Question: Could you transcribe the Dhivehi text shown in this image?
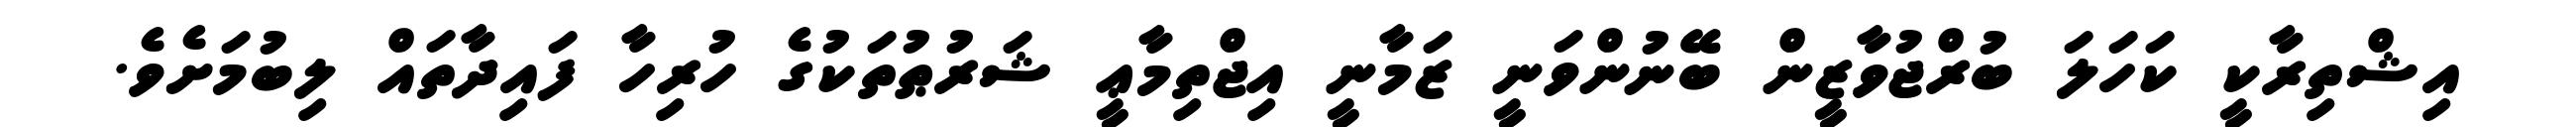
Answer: އިޝްތިރާކީ ކަހަލަ ބުރްޖުވާޒީން ބޭނުންވަނީ ޒަމާނީ އިޖްތިމާޢީ ޝަރުޠުތަކުގެ ހުރިހާ ފައިދާތައް ލިބުމަށެވެ.